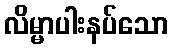
လိမ္မာပါးနပ်သော